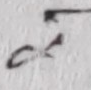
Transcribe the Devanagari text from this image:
ग